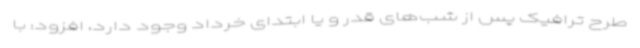
طرح ترافیک پس از شب‌های قدر و یا ابتدای خرداد وجود دارد، افزود: با